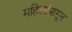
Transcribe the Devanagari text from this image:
महिलांपासून